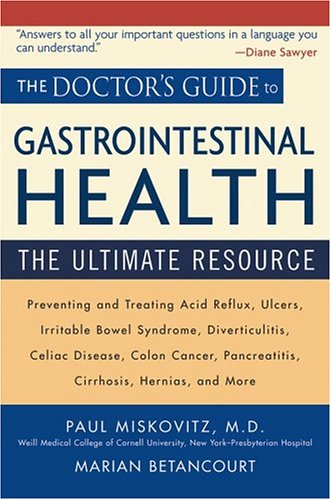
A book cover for The Doctor's Guide to Gastrointestinal Health: Preventing and Treating Acid Reflux, Ulcers, Irritable Bowel Syndrome, Diverticulitis, Celiac Disease, ... Pancreatitis, Cirrhosis, Hernias and more; Paul Miskovitz M.D.; Health, Fitness & Dieting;